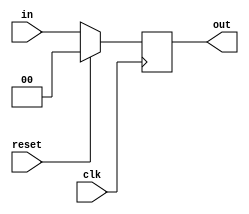
// Register, 2 bits, no enable input
module reg_2bitne(out, in, reset, clk);

   output  [1:0]  out;
   reg [1:0]      out;
   input [1:0]    in;
   input          clk, reset;
   
   always @(posedge clk)
     
     begin
        if(reset == 1'b1)
          out <= 0;
        else
          out <= in;
     end
   
endmodule